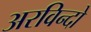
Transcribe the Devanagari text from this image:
अरविन्दो